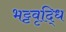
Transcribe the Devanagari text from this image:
भट्टवृद्धि